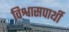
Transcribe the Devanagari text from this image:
विश्वासपार्थी